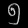
Digit: ၅